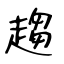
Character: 趨